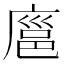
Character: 𪪝